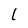
Character: l